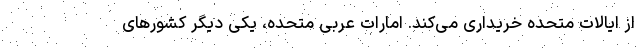
از ایالات متحده خریداری می‌کند. امارات عربی متحده، یکی دیگر کشورهای